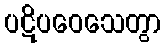
ပဋိပဝေသေတွာ